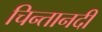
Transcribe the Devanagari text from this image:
चिन्तानदी